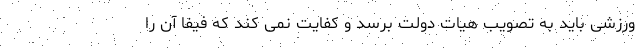
ورزشی باید به تصویب هیات دولت برسد و کفایت نمی ‌کند که فیفا آن را